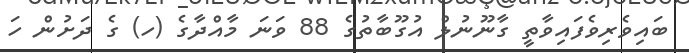
ބައިވެރިވެފައިވާތީ ގާނޫނުލް އުގޫބާތުގެ 88 ވަނަ މާއްދާގެ (ހ) ގެ ދަށުން ހަ